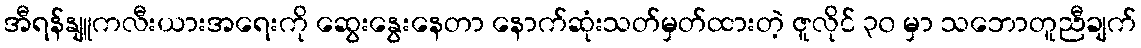
အီရန်နျူကလီးယားအရေးကို ဆွေးနွေးနေတာ နောက်ဆုံးသတ်မှတ်ထားတဲ့ ဇူလိုင် ၃၀ မှာ သဘောတူညီချက်